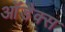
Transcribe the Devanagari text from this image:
आॅडैक्स